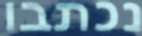
נכתבו